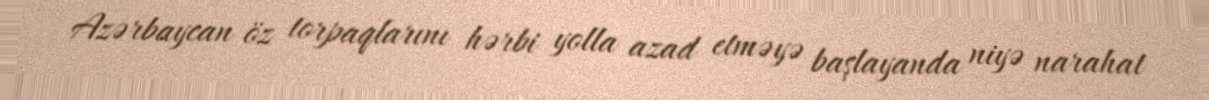
Azərbaycan öz torpaqlarını hərbi yolla azad etməyə başlayanda niyə narahat